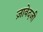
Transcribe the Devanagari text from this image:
ज़ावेदजी